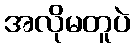
အလိုမတူပဲ